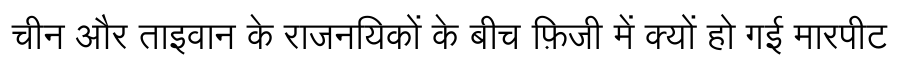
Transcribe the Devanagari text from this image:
चीन और ताइवान के राजनयिकों के बीच फ़िजी में क्यों हो गई मारपीट